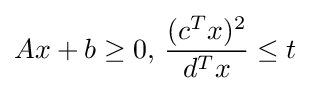
Ax+b\geq 0,\,{\frac {(c^{T}x)^{2}}{d^{T}x}}\leq t